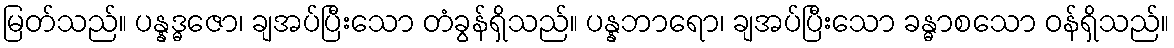
မြတ်သည်။ ပန္နဒ္ဓဇော၊ ချအပ်ပြီးသော တံခွန်ရှိသည်။ ပန္နဘာရော၊ ချအပ်ပြီးသော ခန္ဓာစသော ဝန်ရှိသည်။